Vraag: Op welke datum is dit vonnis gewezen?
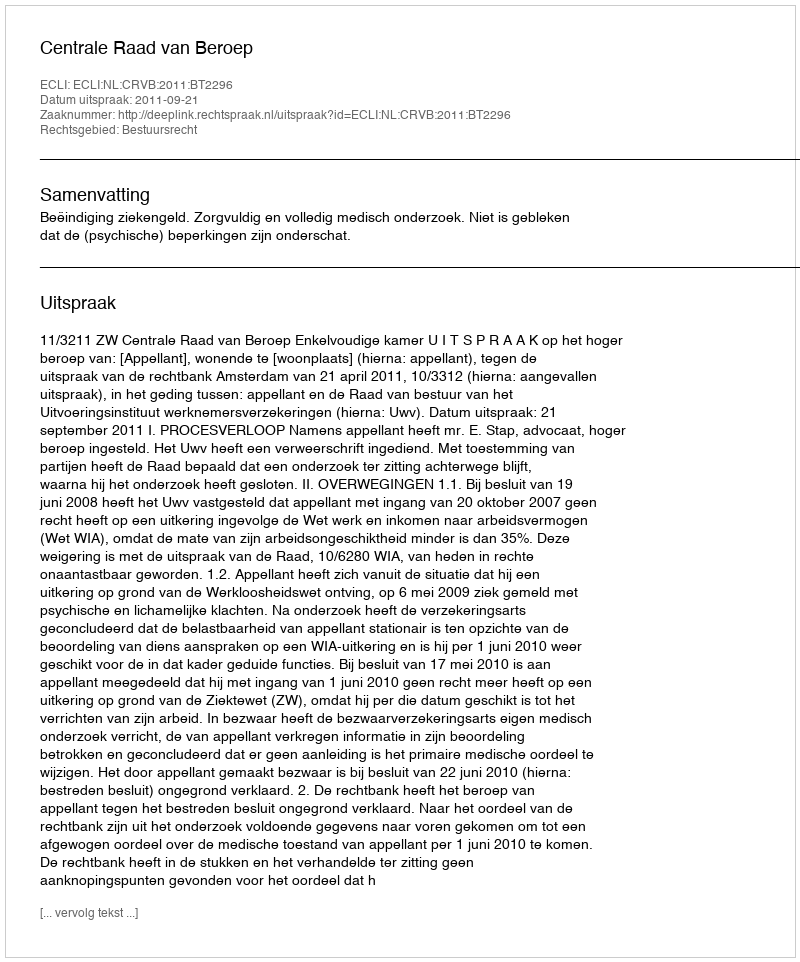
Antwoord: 2011-09-21